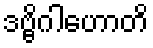
ဒဗ္ဗိဂါဟောတိ